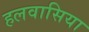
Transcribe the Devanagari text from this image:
हलवासिया